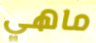
ماهي